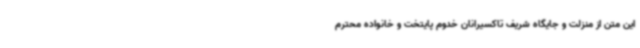
این متن از منزلت و جایگاه شریف تاکسیرانان خدوم پایتخت و خانواده محترم